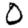
Digit: 0